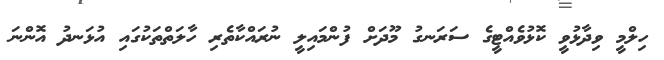
ހިލްމީ ވިދާޅުވީ ކޮޅުވެއްޓީގެ ސަރަނގު މޫދަށް ފުންމައިލީ ނުރައްކާތެރި ހާލަތްތަކުގައި އުޅަނދު އޮންނަ